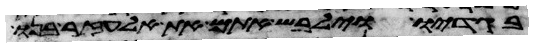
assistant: בגדיו וילבש אתם את אלעזר בנו